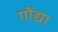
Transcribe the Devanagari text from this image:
गोंद्या